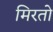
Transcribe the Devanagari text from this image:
मिरतो